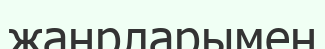
жанрларымен